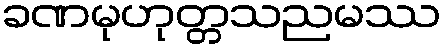
ခဏမုဟုတ္တသညမဿ